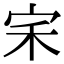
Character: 𭓦